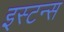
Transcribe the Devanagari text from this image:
इस्टन्स